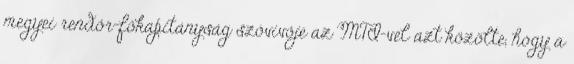
megyei rendőr-főkapitányság szóvivője az MTI-vel azt közölte, hogy a